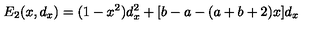
E _ { 2 } ( x , d _ { x } ) = ( 1 - x ^ { 2 } ) d _ { x } ^ { 2 } + [ b - a - ( a + b + 2 ) x ] d _ { x }